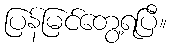
ပြန်မြင်တွေ့ရပြီ။